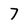
Character: 7